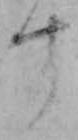
す